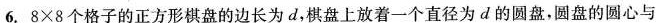
6.8×8个格子的正方形棋盘的边长为d，棋盘上放着一个直径为d的圆盘，圆盘的圆心与